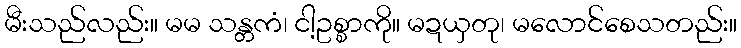
မီးသည်လည်း။ မမ သန္တကံ၊ ငါ့ဥစ္စာကို။ မဍယှတု၊ မလောင်စေသတည်း။